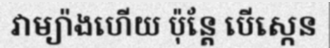
វាម្យ៉ាងហើយ ប៉ុន្តែ បើស្កេន